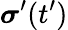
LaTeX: \boldsymbol{\sigma}^{\prime}(t^{\prime})